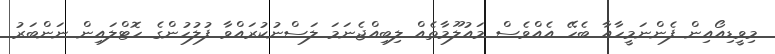
މިވީޑިއޯއިން ފެންނަމީހާއާ ބެހޭ އެއްވެސް މައުލޫމާތެއް ލިބިއްޖެނަމަ ލަސްނުކުރައްވާ ފުލުހުންގެ ހޮޓްލައިން ނަންބަރު